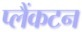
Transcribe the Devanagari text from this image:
प्लैंकटन